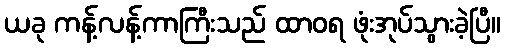
ယခု ကန့်လန့်ကာကြီးသည် ထာဝရ ဖုံးအုပ်သွားခဲ့ပြီ။